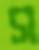
স